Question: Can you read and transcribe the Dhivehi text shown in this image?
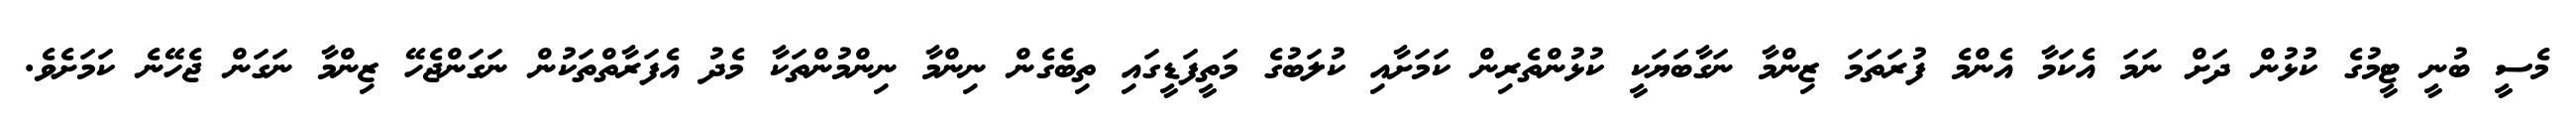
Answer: މެސީ ބުނީ ޓީމުގެ ކުޅުން ދަށް ނަމަ އެކަމާ އެންމެ ފުރަތަމަ ޒިންމާ ނަގާބަޔަކީ ކުޅުންތެރިން ކަމަށާއި ކުލަބުގެ މަތީފަޑީގައި ތިބެގެން ނިންމާ ނިންމުންތަކާ މެދު އެފަރާތްތަކުން ނަގަންޖެހޭ ޒިންމާ ނަގަން ޖެހޭނެ ކަމަށެވެ.